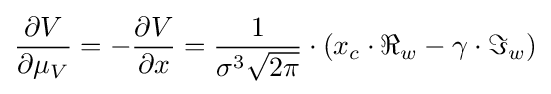
{\begin{aligned}{\frac {\partial V}{\partial \mu _{V}}}=-{\frac {\partial V}{\partial x}}={\frac {1}{\sigma ^{3}{\sqrt {2\pi }}}}\cdot \left(x_{c}\cdot \Re _{w}-\gamma \cdot \Im _{w}\right)\end{aligned}}